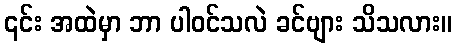
၎င်း အထဲမှာ ဘာ ပါဝင်သလဲ ခင်ဗျား သိသလား။